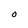
Character: O